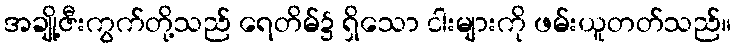
အချို့ဇီးကွက်တို့သည် ရေတိမ်၌ ရှိသော ငါးများကို ဖမ်းယူတတ်သည်။